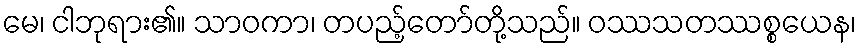
မေ၊ ငါဘုရား၏။ သာဝကာ၊ တပည့်တော်တို့သည်။ ဝဿသတဿစ္စယေန၊